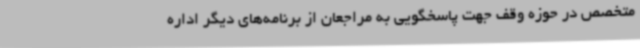
متخصص در حوزه وقف جهت پاسخگویی به مراجعان از برنامه‌های دیگر اداره